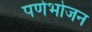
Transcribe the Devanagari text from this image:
पर्णभोजन